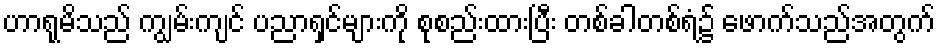
ဟာရုမိသည် ကျွမ်းကျင် ပညာရှင်များကို စုစည်းထားပြီး တစ်ခါတစ်ရံ၌ ဖောက်သည်အတွက်